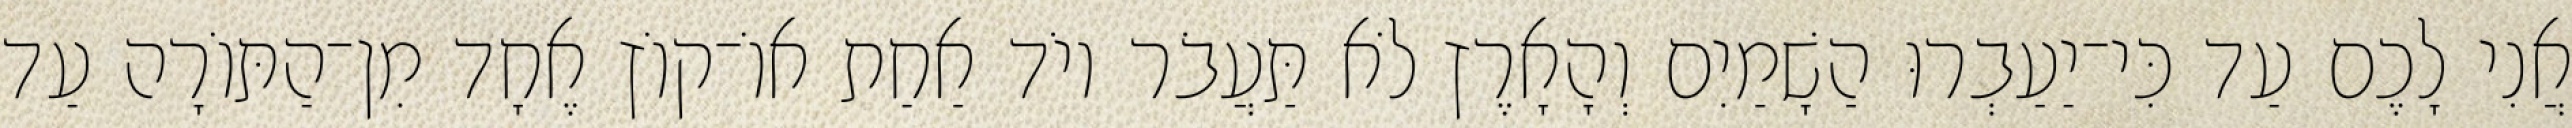
אֲנִי לָכֶם עַד כִּי־יַעַבְרוּ הַשָׁמַיִם וְהָאָרֶץ לֹא תַּעֲבֹר יוֹד אַחַת אוֹ־קוֹץ אֶחָד מִן־הַתּוֹרָה עַד